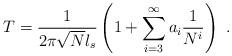
LaTeX: \begin{align*} T = \frac{1}{2\pi \sqrt{N} l_s} \left( 1 +\sum_{i=3}^\infty a_i \frac{1}{N^i} \right) \ .\end{align*}